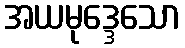
အယမုဒ္ဒေသော